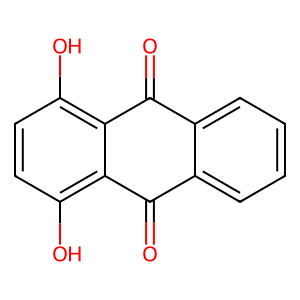
SMILES: O=C1c2ccccc2C(=O)c2c(O)ccc(O)c21
Inhibits HIV replication: No